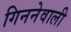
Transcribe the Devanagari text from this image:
गिननेवाली